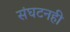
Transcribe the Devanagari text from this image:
संघटनही